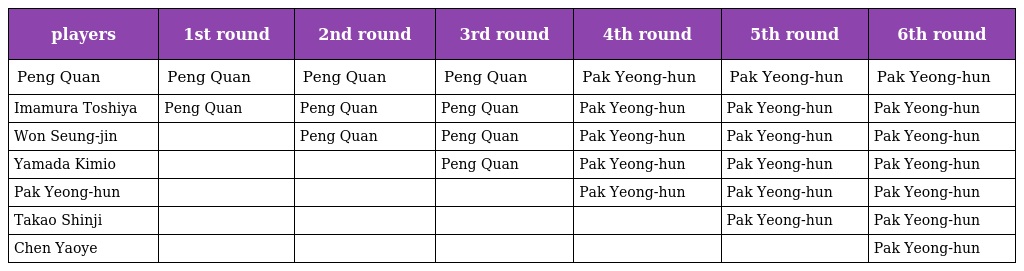
| players | 1st round | 2nd round | 3rd round | 4th round | 5th round | 6th round |
 | --- | --- | --- | --- | --- | --- | --- |
 | Peng Quan | Peng Quan | Peng Quan | Peng Quan | Pak Yeong-hun | Pak Yeong-hun | Pak Yeong-hun |
 | Imamura Toshiya | Peng Quan | Peng Quan | Peng Quan | Pak Yeong-hun | Pak Yeong-hun | Pak Yeong-hun |
 | Won Seung-jin |  | Peng Quan | Peng Quan | Pak Yeong-hun | Pak Yeong-hun | Pak Yeong-hun |
 | Yamada Kimio |  |  | Peng Quan | Pak Yeong-hun | Pak Yeong-hun | Pak Yeong-hun |
 | Pak Yeong-hun |  |  |  | Pak Yeong-hun | Pak Yeong-hun | Pak Yeong-hun |
 | Takao Shinji |  |  |  |  | Pak Yeong-hun | Pak Yeong-hun |
 | Chen Yaoye |  |  |  |  |  | Pak Yeong-hun |